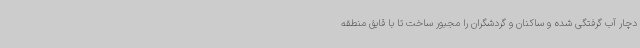
دچار آب گرفتگی شده و ساکنان و گردشگران را مجبور ساخت تا با قایق منطقه